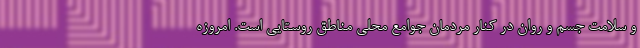
و سلامت جسم و روان در کنار مردمان جوامع محلی مناطق روستایی است. امروزه